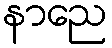
နာညေ